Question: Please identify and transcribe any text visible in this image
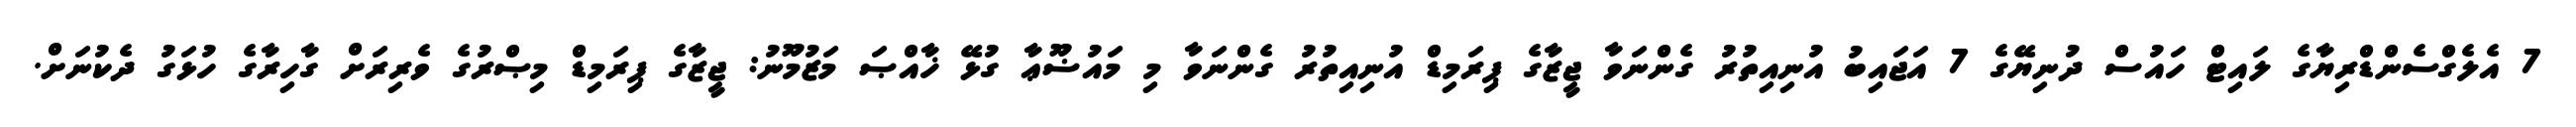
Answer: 7 އެލެގްސެންޑްރިޔާގެ ލައިޓް ހައުސް ދުނިޔޭގެ 7 އަޖައިބު އުނިއިތުރު ގެންނަވާ ޖީޒާގެ ޕިރަމިޑް އުނިއިތުރު ގެންނަވާ މި މައުޟޫޢާ ގުޅޭ ޚާއްޞަ މަޒުމޫނު: ޖީޒާގެ ޕިރަމިޑް މިޞްރުގެ ވެރިރަށް ގާހިރާގެ ހުޅަގު ދެކުނަށް.